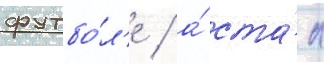
футбо́л'е / а́ ста́л